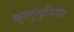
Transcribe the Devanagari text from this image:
क़ुस्तुंतुनिया